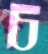
চ